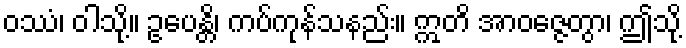
ဝဿံ၊ ဝါသို့။ ဥပေန္တိ၊ ကပ်ကုန်သနည်း။ ဣတိ အာဝဇ္ဇေတွာ၊ ဤသို့